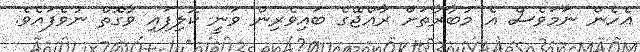
އެހެން ނަމަވެސް އެ މުބާރާތަށް ރާއްޖޭގެ ބައިވެރިން ވަނީ ކޮލިފައި ވާގޮތް ނުވެފައެވެ.